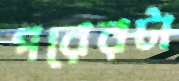
পরেরটা